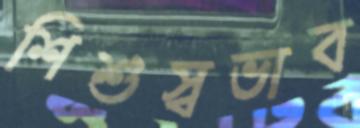
শিশুস্বভাব